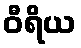
ဝီရိယ